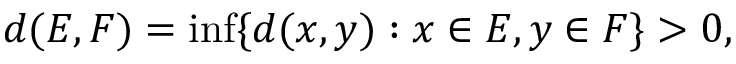
d ( E , F ) = \operatorname* { i n f } \{ d ( x , y ) : x \in E , y \in F \} > 0 ,